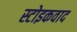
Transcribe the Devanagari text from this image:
स्टोइकवाद